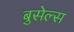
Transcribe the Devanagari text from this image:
बुसेल्स